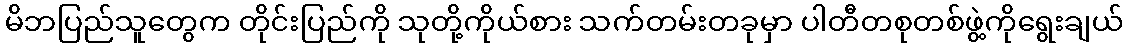
မိဘပြည်သူတွေက တိုင်းပြည်ကို သုတို့ကိုယ်စား သက်တမ်းတခုမှာ ပါတီတစုတစ်ဖွဲ့ကိုရွေးချယ်